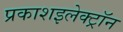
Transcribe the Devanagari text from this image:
प्रकाशइलेक्ट्रॉन